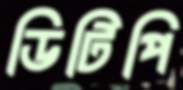
ডিটিপি